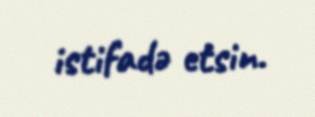
istifadə etsin.